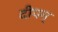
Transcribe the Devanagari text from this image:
दीपम्‌